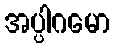
အပ္ပါဂမော